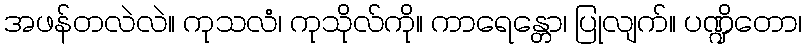
အဖန်တလဲလဲ။ ကုသလံ၊ ကုသိုလ်ကို။ ကာရေန္တော၊ ပြုလျက်။ ပဏ္ဍိတော၊